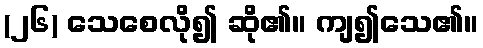
(၂၆) သေစေလို၍ ဆို၏။ ကျ၍သေ၏။